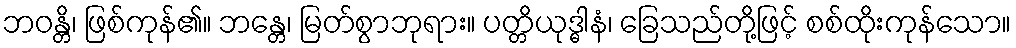
ဘဝန္တိ၊ ဖြစ်ကုန်၏။ ဘန္တေ၊ မြတ်စွာဘုရား။ ပတ္တိယုဒ္ဓါနံ၊ ခြေသည်တို့ဖြင့် စစ်ထိုးကုန်သော။